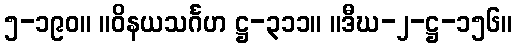
၅-၁၉၀။ ။ဝိနယသင်္ဂဟ ဋ္ဌ-၃၁၁။ ။ဒီဃ-၂-ဋ္ဌ-၁၅၆။